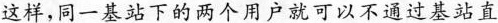
这样，同一基站下的两个用户就可以不通过基站直